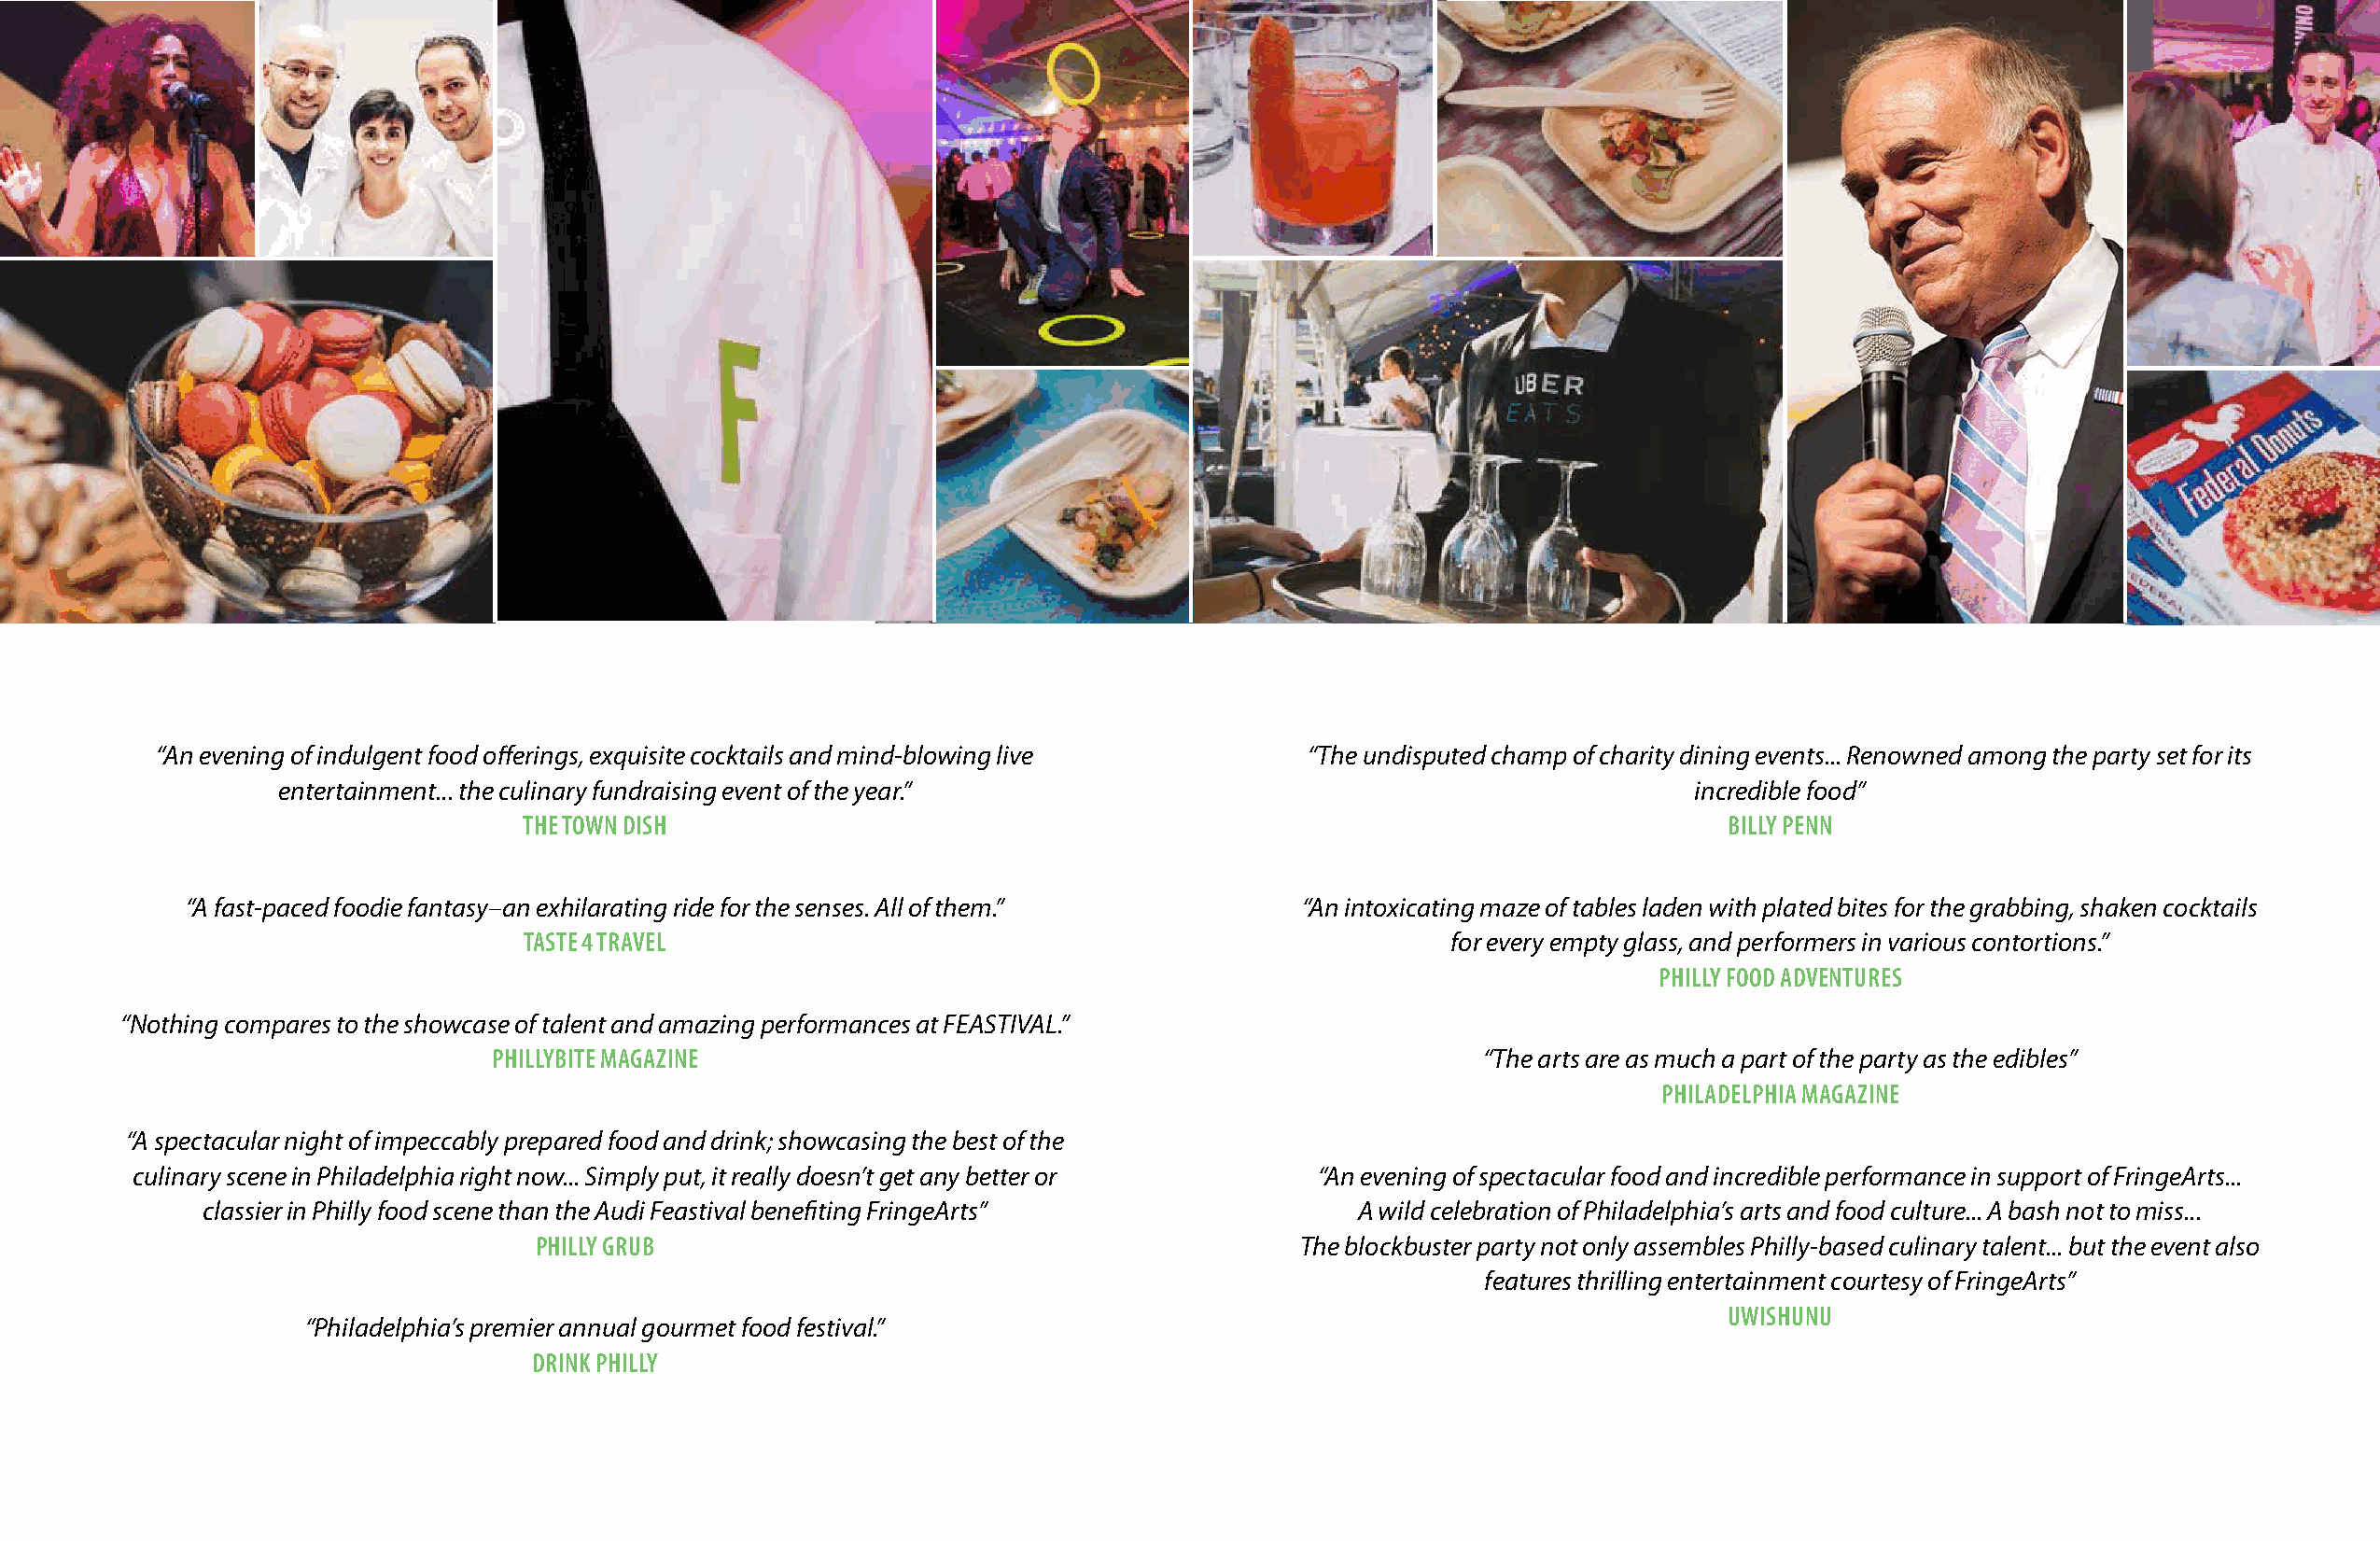
“An evening of indulgent food offerings, exquisite cocktails and mind-blowing live “The undisputed champ of charity dining events... Renowned among the party set for its
 entertainment... the culinary fundraising event of the year.”                                       incredible food”
 THE TOWN DISH                                                                         BILLY PENN
 “A fast-paced foodie fantasy–an exhilarating ride for the senses. All of them.” “An intoxicating maze of tables laden with plated bites for the grabbing, shaken cocktails
 TASTE 4 TRAVEL                                                    for every empty glass, and performers in various contortions.”
 PHILLY FOOD ADVENTURES
 “Nothing compares to the showcase of talent and amazing performances at FEASTIVAL.”
 PHILLYBITE MAGAZINE                                                   “The arts are as much a part of the party as the edibles”
 PHILADELPHIA MAGAZINE
 “A spectacular night of impeccably prepared food and drink; showcasing the best of the
 culinary scene in Philadelphia right now... Simply put, it really doesn’t get any better or “An evening of spectacular food and incredible performance in support of FringeArts...
 classier in Philly food scene than the Audi Feastival benefiting FringeArts”      A wild celebration of Philadelphia’s arts and food culture... A bash not to miss...
 PHILLY GRUB                                           The blockbuster party not only assembles Philly-based culinary talent... but the event also
 features thrilling entertainment courtesy of FringeArts”
 UWISHUNU
 “Philadelphia’s premier annual gourmet food festival.”
 DRINK PHILLY